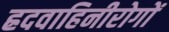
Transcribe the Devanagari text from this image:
ह्रदवाहिनीरोगों